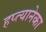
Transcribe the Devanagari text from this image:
हप्त्यानेका